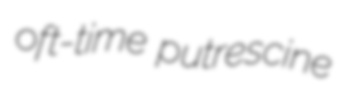
oft-time putrescine